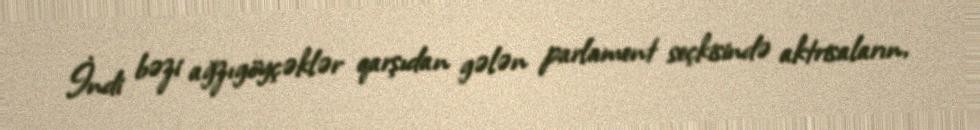
İndi bəzi ağzıgöyçəklər qarşıdan gələn parlament seçkisində aktrisaların,